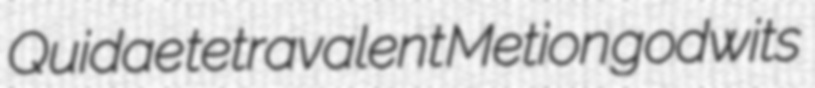
Quidae tetravalent Metion godwits